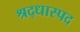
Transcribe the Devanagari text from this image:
श्रद्धास्पद